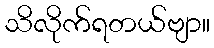
သိလိုက်ရတယ်ဗျာ။